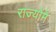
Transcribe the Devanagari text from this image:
राज्योंमें